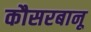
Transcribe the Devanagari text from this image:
कौसरबानू